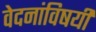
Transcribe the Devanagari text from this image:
वेदनांविषयी